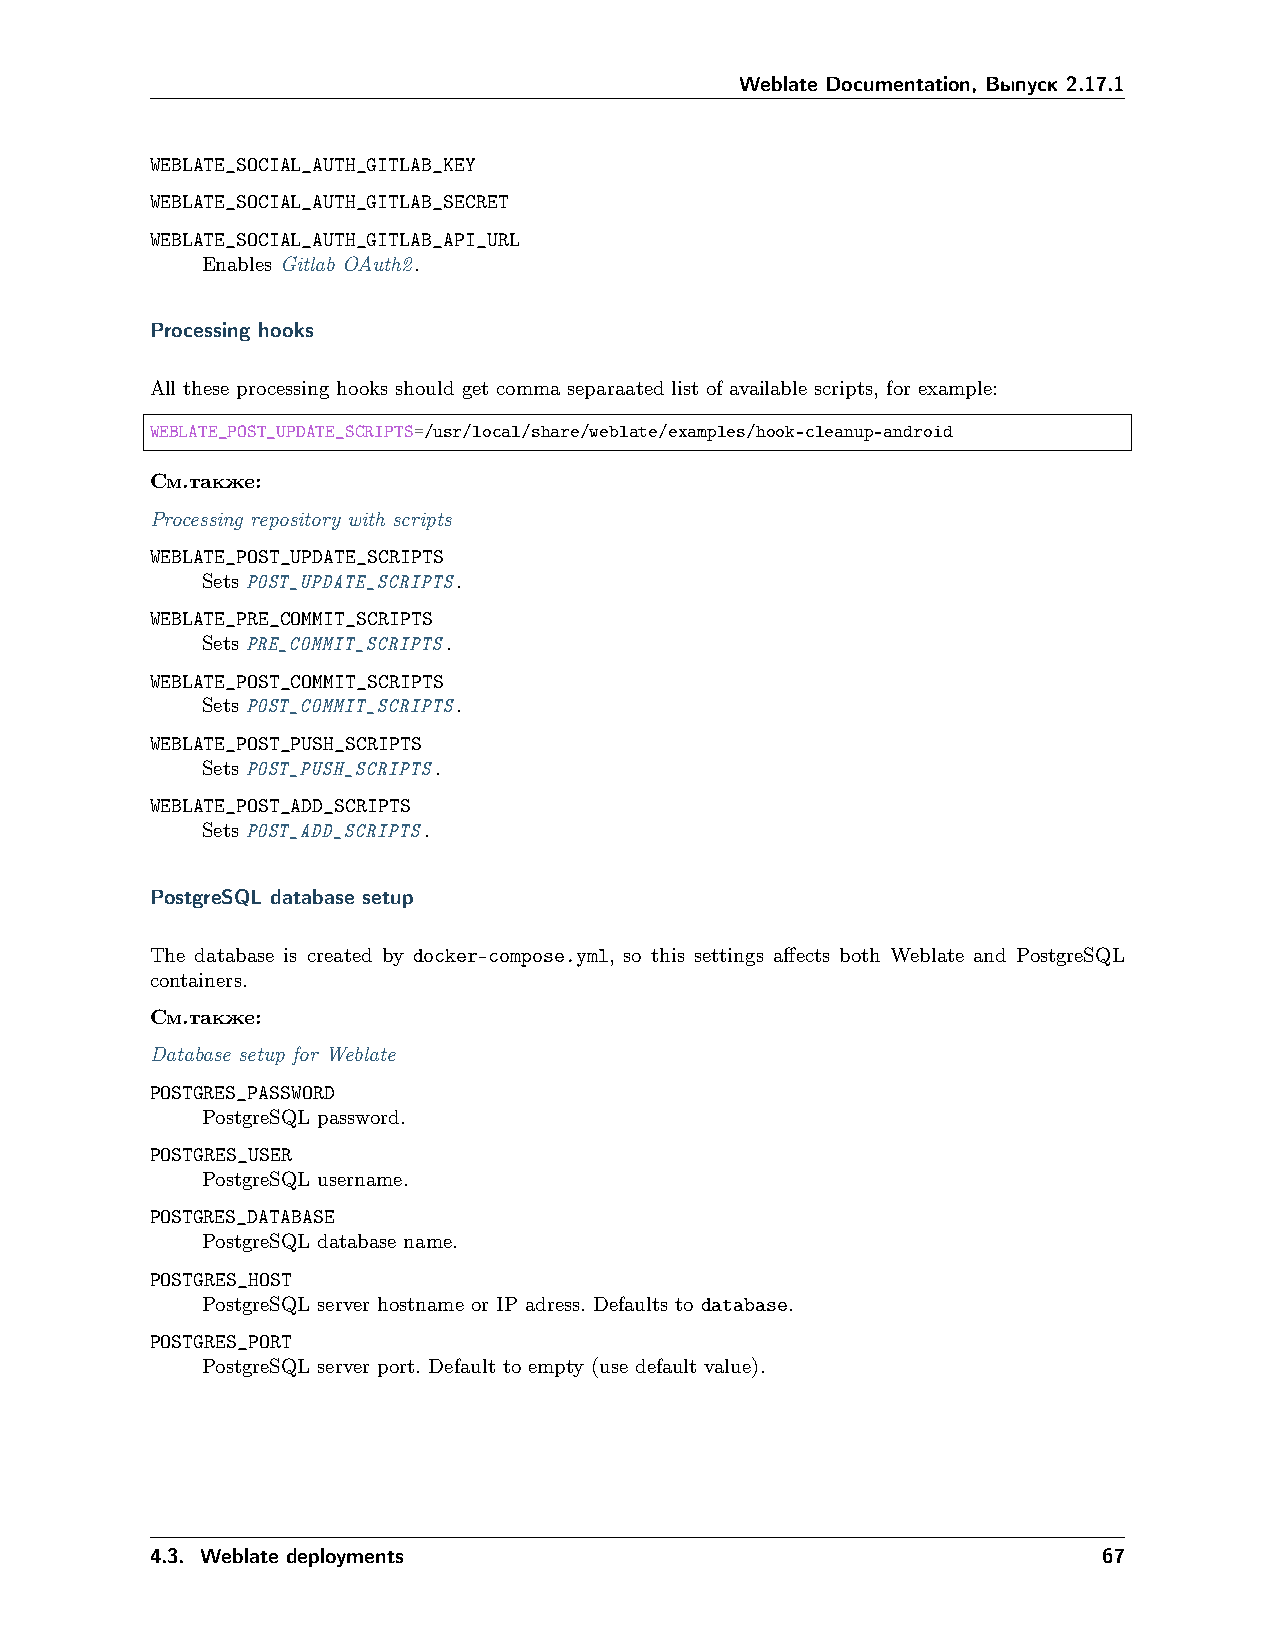
Weblate Documentation, Выпуск 2.17.1
 WEBLATE_SOCIAL_AUTH_GITLAB_KEY
 WEBLATE_SOCIAL_AUTH_GITLAB_SECRET
 WEBLATE_SOCIAL_AUTH_GITLAB_API_URL
 Enables Gitlab OAuth2.
 Processing hooks
 All these processing hooks should get comma separaated list of available scripts, for example:
 WEBLATE_POST_UPDATE_SCRIPTS=/usr/local/share/weblate/examples/hook-cleanup-android
 См.также:
 Processing repository with scripts
 WEBLATE_POST_UPDATE_SCRIPTS
 Sets POST_UPDATE_SCRIPTS.
 WEBLATE_PRE_COMMIT_SCRIPTS
 Sets PRE_COMMIT_SCRIPTS.
 WEBLATE_POST_COMMIT_SCRIPTS
 Sets POST_COMMIT_SCRIPTS.
 WEBLATE_POST_PUSH_SCRIPTS
 Sets POST_PUSH_SCRIPTS.
 WEBLATE_POST_ADD_SCRIPTS
 Sets POST_ADD_SCRIPTS.
 PostgreSQL database setup
 The database is created by docker-compose.yml, so this settings affects both Weblate and PostgreSQL
 containers.
 См.также:
 Database setup for Weblate
 POSTGRES_PASSWORD
 PostgreSQL password.
 POSTGRES_USER
 PostgreSQL username.
 POSTGRES_DATABASE
 PostgreSQL database name.
 POSTGRES_HOST
 PostgreSQL server hostname or IP adress. Defaults to database.
 POSTGRES_PORT
 PostgreSQL server port. Default to empty (use default value).
 4.3. Weblate deployments                                       67